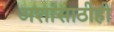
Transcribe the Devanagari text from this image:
अशांसाठीही